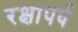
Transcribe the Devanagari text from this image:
रक्षापर्व